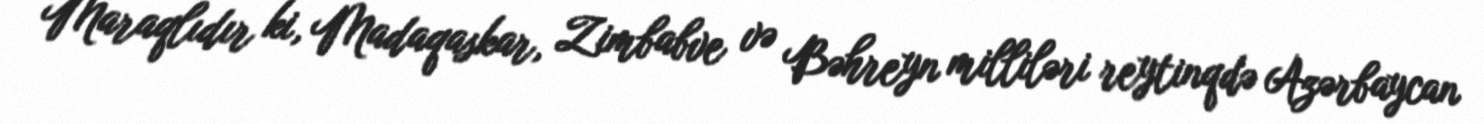
Maraqlıdır ki, Madaqaskar, Zimbabve və Bəhreyn milliləri reytinqdə Azərbaycan